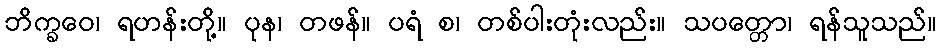
ဘိက္ခဝေ၊ ရဟန်းတို့။ ပုန၊ တဖန်။ ပရံ စ၊ တစ်ပါးတုံးလည်း။ သပတ္တော၊ ရန်သူသည်။